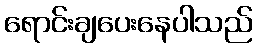
ရောင်းချပေးနေပါသည်